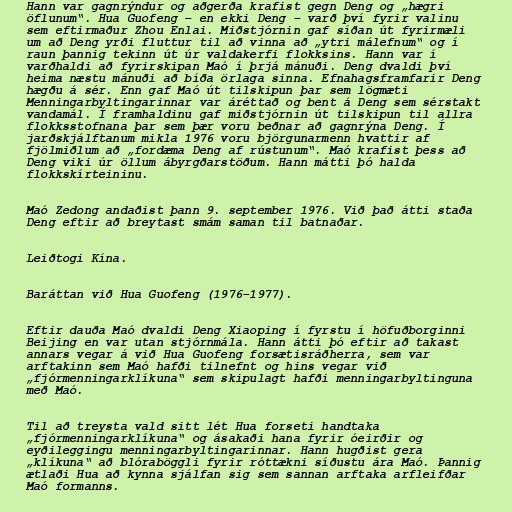
Hann var gagnrýndur og aðgerða krafist gegn Deng og „hægri
öflunum“. Hua Guofeng ― en ekki Deng ― varð því fyrir valinu
sem eftirmaður Zhou Enlai. Miðstjórnin gaf síðan út fyrirmæli
um að Deng yrði fluttur til að vinna að „ytri málefnum“ og í
raun þannig tekinn út úr valdakerfi flokksins. Hann var í
varðhaldi að fyrirskipan Maó í þrjá mánuði. Deng dvaldi því
heima næstu mánuði að bíða örlaga sinna. Efnahagsframfarir Deng
hægðu á sér. Enn gaf Maó út tilskipun þar sem lögmæti
Menningarbyltingarinnar var áréttað og bent á Deng sem sérstakt
vandamál. Í framhaldinu gaf miðstjórnin út tilskipun til allra
flokksstofnana þar sem þær voru beðnar að gagnrýna Deng. Í
jarðskjálftanum mikla 1976 voru björgunarmenn hvattir af
fjölmiðlum að „fordæma Deng af rústunum“. Maó krafist þess að
Deng viki úr öllum ábyrgðarstöðum. Hann mátti þó halda
flokkskírteininu.

Maó Zedong andaðist þann 9. september 1976. Við það átti staða
Deng eftir að breytast smám saman til batnaðar.

Leiðtogi Kína.

Baráttan við Hua Guofeng (1976―1977).

Eftir dauða Maó dvaldi Deng Xiaoping í fyrstu í höfuðborginni
Beijing en var utan stjórnmála. Hann átti þó eftir að takast
annars vegar á við Hua Guofeng forsætisráðherra, sem var
arftakinn sem Maó hafði tilnefnt og hins vegar við
„fjórmenningarklíkuna“ sem skipulagt hafði menningarbyltinguna
með Maó.

Til að treysta vald sitt lét Hua forseti handtaka
„fjórmenningarklíkuna“ og ásakaði hana fyrir óeirðir og
eyðileggingu menningarbyltingarinnar. Hann hugðist gera
„klíkuna“ að blóraböggli fyrir róttækni síðustu ára Maó. Þannig
ætlaði Hua að kynna sjálfan sig sem sannan arftaka arfleifðar
Maó formanns.